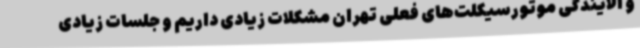
و آلایندگی موتورسیکلت‌های فعلی تهران مشکلات زیادی داریم و جلسات زیادی